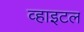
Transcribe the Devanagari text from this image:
व्हाइटल